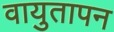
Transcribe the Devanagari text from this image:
वायुतापन